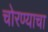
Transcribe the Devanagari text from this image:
चोरण्याचा